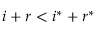
i + r < i ^ { * } + r ^ { * }